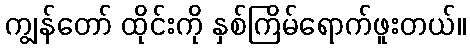
ကျွန်တော် ထိုင်းကို နှစ်ကြိမ်ရောက်ဖူးတယ်။